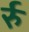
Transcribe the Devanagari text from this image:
र्रु